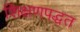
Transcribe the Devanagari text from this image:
शिक्षणपद्धत